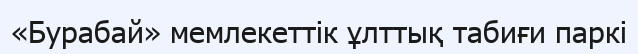
«Бурабай» мемлекеттік ұлттық табиғи паркі